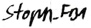
Text: Stopp_FB1